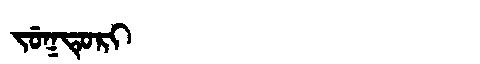
Manchu: ᠵᡠᡴᡨᡠᡵᡳ
Romanization: JUKTURI